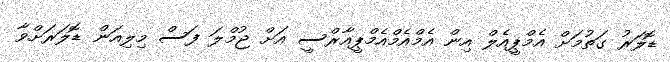
ޑޮލަރު ގަތުމަށް އެމްޕީއެލް އިން އެމްއެމްއެމްޕީއާރްސީ އަށް ޖުމްލަ ފަސް މިލިއަން ޑޮލަރަށްވާ